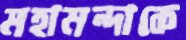
মহামন্দাকে